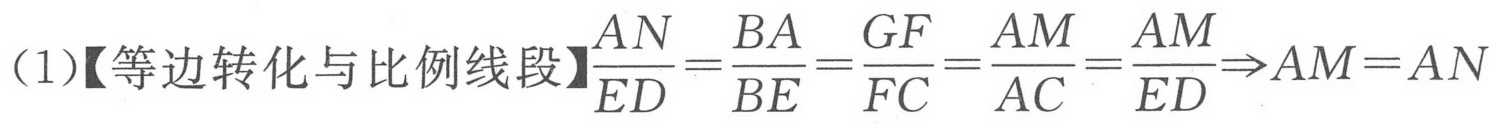
（1）【等边转化与比例线段】$\dfrac{AN}{ED}=\dfrac{BA}{BE}=\dfrac{GF}{FC}=\dfrac{AM}{AC}=\dfrac{AM}{ED}\Rightarrow AM = AN$